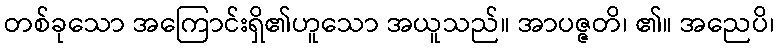
တစ်ခုသော အကြောင်းရှိ၏ဟူသော အယူသည်။ အာပဇ္ဇတိ၊ ၏။ အညေပိ၊